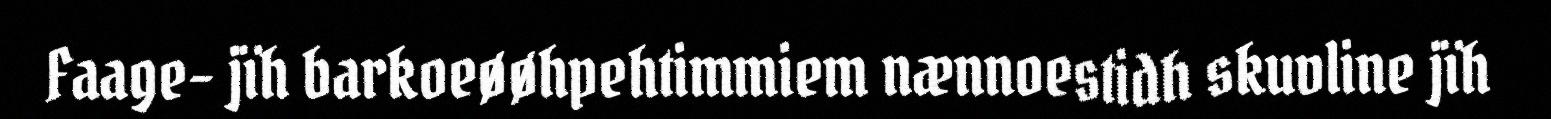
Faage- jïh barkoeøøhpehtimmiem nænnoestidh skuvline jïh